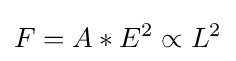
F=A*E^{2}\propto L^{2}